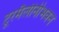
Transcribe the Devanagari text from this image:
टूरमैलीनीभवन